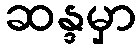
ဆန္ဒမှာ